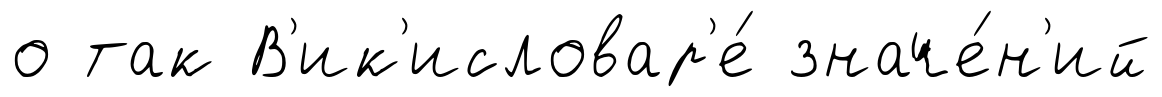
о так В'ик'исловар'е́ значе́н'ий